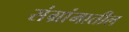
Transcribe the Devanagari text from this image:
संग्रांमातील